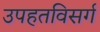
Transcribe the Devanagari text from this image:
उपहतविसर्ग